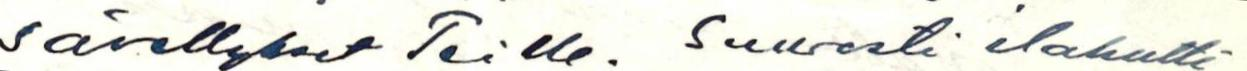
sävellykset Teille. Suuresti ilahutti